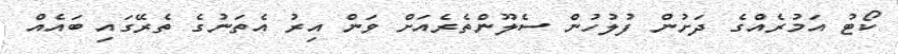
ކޯޓު އަމުރެއްގެ ދަށުން ފުލުހުން ސެލޫންތެރެއަށް ވަން އިރު އެތަނުގެ ތެރޭގައި ބައެއް